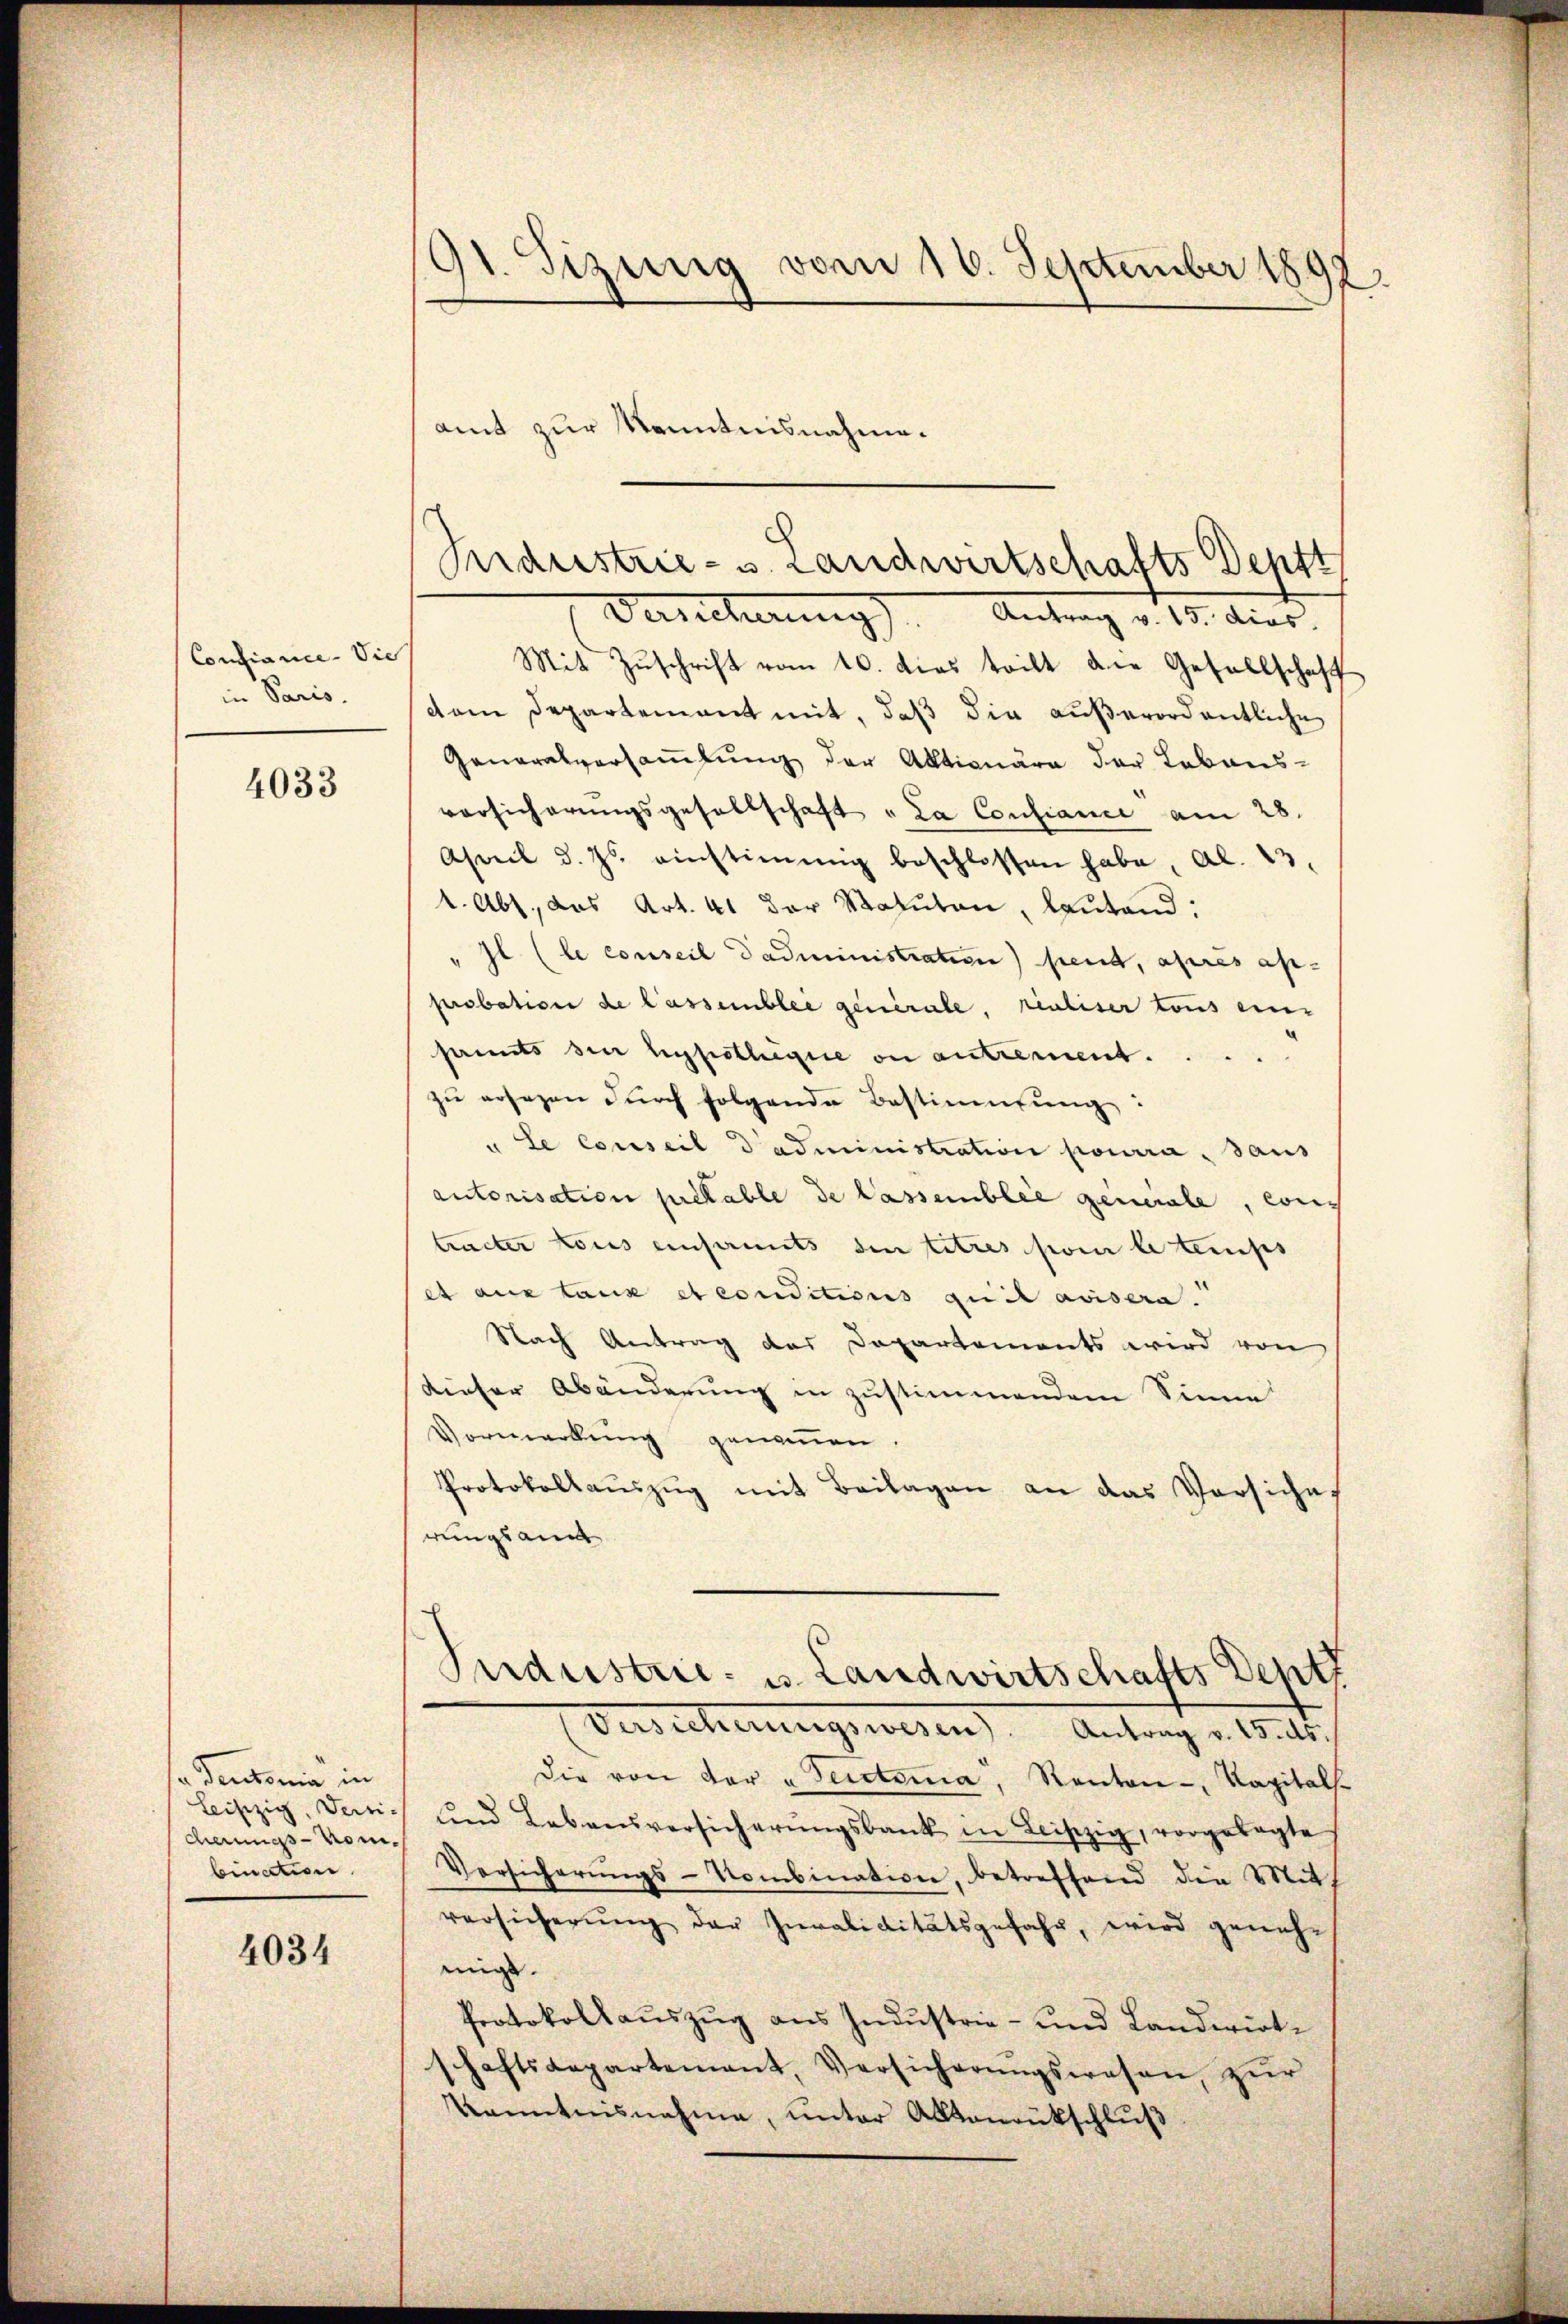
Confiance. Sie
in Paris.

4033

a Teutonia in
cherungs- nom.
bination

4034

91. Sizung vom 16. September 1892.

amt zur Kenntnisnahme¬
Mit Zŭschrift vom 10. dies teilt die Gesellschaft
dem Departement mit, daß die außerordentliche
Generalversammlung der Aktionäre der Lebens-
vorsicherungsgesellschaft „La Confiance am 28.
April d. Js. einstimmig beschlossen habe, Al. 23.
1. Abs., das Art. 41 der Statuten, lautend:
"Il (le conseil dadministration) peut, après ap-
probation de lassembler generale, realiser tous eine
sants die hypotheque on antrement...
zŭ ersezen durch folgende Bestimmung:
" Le conseil d’administration pourra, daus
autorisation prétable de lassemblie geniale, cons
tracter tous einsammts in titres par le temps
et aus taux et conditions qui avisera
Nach Antrag des Departements wird von
dieser Abänderung in zustimmendem Sinne
Vormerkung genommen.
Protokollaŭszŭg mit Beilagen an das Vorsiches
rungsam

Pidustrie- u. Landwirtschafts Deptt
Verricherung). Antrag v. 15. dies

Pudustrie- u. Landwirtschafts Sept.

Versicherungswesen. Antrag v. Mts.
Die von der „Seictoria, Kanton -, Kapital-
leiszig, den und Lebensversicherŭngsbank in Leipzig, vorgelegte
Versicherŭngs-Kombination, betreffend den Mitth
versicherung der Invaliditätsgefahr, wird geneh-
migt.
Protokollauszug aus Industrie- und Landwirtschaftsaepartement, Versicherŭngswesen, zŭr
Kenntnisnahme, unter Alltanrückschluß